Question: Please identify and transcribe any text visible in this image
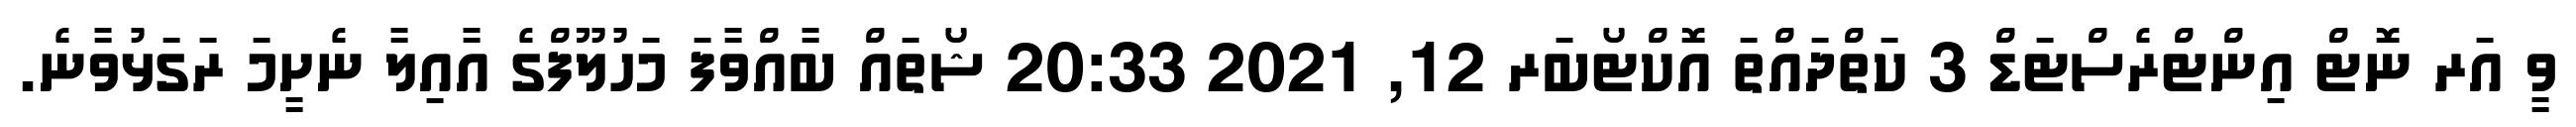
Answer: ވީ އަރ ނޮޓް އިންޓްރެސްޓަޑް 3 ކަތްދައްތަ އޮކްޓޯބަރ 12, 2021 20:33 ޝޯތައް ބާއްވާފަ މަހުލޫފްގެ އާއިލާ ނެށީމަ ރަގަޅުވާނެ.